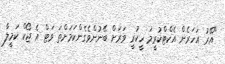
"އޭރު އަހަރެން އެކްޓްކުރީމަ ހީކުރީ ވަރަށް ބޭނުންވެގެންކަމަށްތަ ވަޓް އެ ޖޯކް ކަމީލާ